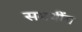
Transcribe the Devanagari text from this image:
समथींग